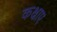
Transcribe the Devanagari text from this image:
कक्षाए